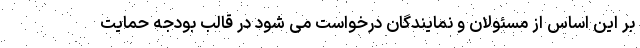
بر این اساس از مسئولان و نمایندگان درخواست می شود در قالب بودجه حمایت